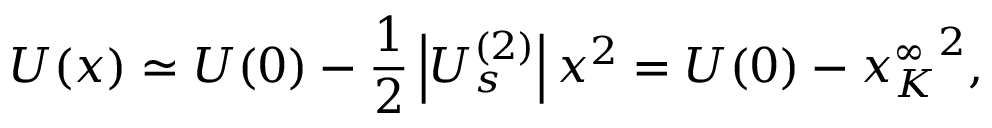
U ( x ) \simeq U ( 0 ) - \frac { 1 } { 2 } \left| U _ { s } ^ { ( 2 ) } \right| x ^ { 2 } = U ( 0 ) - { x _ { K } ^ { \infty } } ^ { 2 } ,